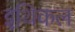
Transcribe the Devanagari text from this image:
इथिकल